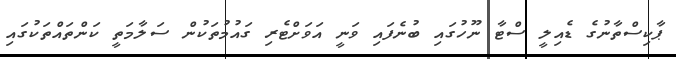
ޕާކިސްތާނުގެ ޑެއިލީ ސްޓާ ނޫހުގައި ބުނެފައި ވަނީ އަވަށްޓެރި ގައުމުތަކުން ސަލާމަތީ ކަންތައްތަކުގައި